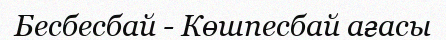
Бесбесбай - Көшпесбай ағасы